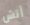
أتش